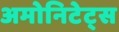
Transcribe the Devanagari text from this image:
अमोनिटेट्स